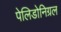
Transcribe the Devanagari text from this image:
पेलिडोनिग्रल